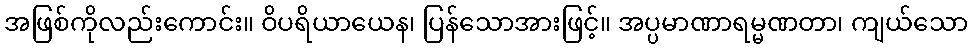
အဖြစ်ကိုလည်းကောင်း။ ဝိပရိယာယေန၊ ပြန်သောအားဖြင့်။ အပ္ပမာဏာရမ္မဏတာ၊ ကျယ်သော